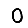
Digit: 0